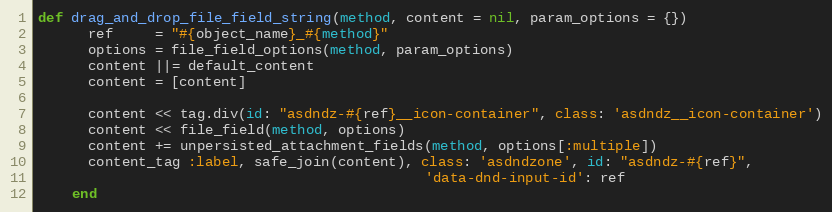
Language: Ruby
def drag_and_drop_file_field_string(method, content = nil, param_options = {})
      ref     = "#{object_name}_#{method}"
      options = file_field_options(method, param_options)
      content ||= default_content
      content = [content]

      content << tag.div(id: "asdndz-#{ref}__icon-container", class: 'asdndz__icon-container')
      content << file_field(method, options)
      content += unpersisted_attachment_fields(method, options[:multiple])
      content_tag :label, safe_join(content), class: 'asdndzone', id: "asdndz-#{ref}",
                                              'data-dnd-input-id': ref
    end